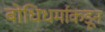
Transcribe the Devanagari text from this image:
बोधिधर्माकडून